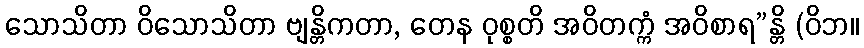
သောသိတာ ဝိသောသိတာ ဗျန္တိကတာ, တေန ဝုစ္စတိ အဝိတက္ကံ အဝိစာရ”န္တိ (ဝိဘ။